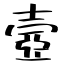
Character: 壼